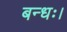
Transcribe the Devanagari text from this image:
बन्धः।